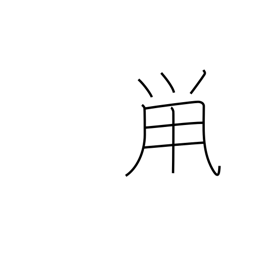
Meaning: dark gray